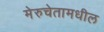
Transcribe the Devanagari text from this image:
मेरुचेतामधील